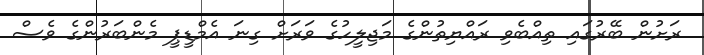
ރަށުން ބޭރުގައި ތިއްބެވި ރައްޔިތުންގެ މަޖިލީހުގެ ވަރަށް ގިނަ އެމްޑީޕީ މެންބަރުންގެ ވެސް